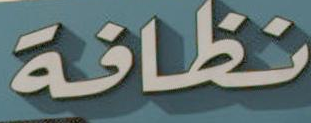
نظافة